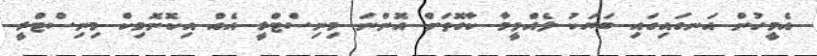
އެމީހުން އަނގައިގައި ބަޔަކު ލެއްވީމާ ކާގޮތަށް އޮންނަ މިނިސްޓްރީ އެއް އިކޮނޮމިކް މިނިސްޓްރީ